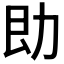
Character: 𪟙